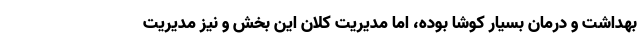
بهداشت و درمان بسیار کوشا بوده، اما مدیریت کلان این بخش و نیز مدیریت